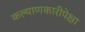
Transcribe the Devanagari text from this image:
कल्याणकारीपेक्षा